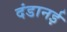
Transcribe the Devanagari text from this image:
दंडानई